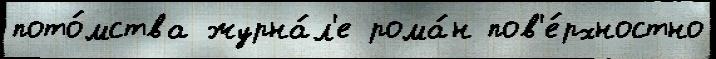
пото́мства журна́л'е рома́н пов'е́рхностно